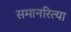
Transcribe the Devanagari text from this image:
समानरित्या